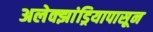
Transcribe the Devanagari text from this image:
अलेक्झांड्रियापासून